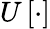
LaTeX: U\left[\cdot\right]